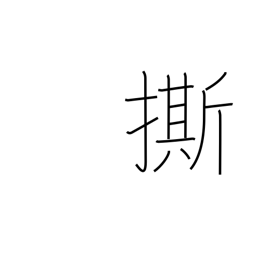
Meaning: warn against